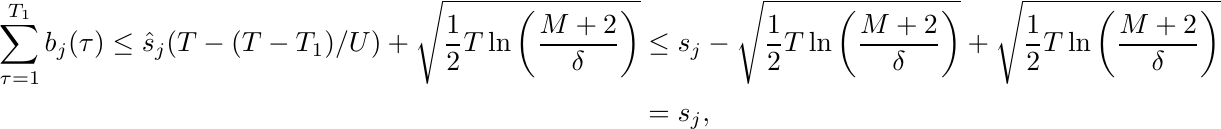
\begin{align*}
\sum_{\tau=1}^{T_1} b_j(\tau) \leq \hat{s}_j(T-(T-T_1)/U)+\sqrt{\frac{1}{2}T\ln\left(\frac{M+2}{\delta}\right)}&\leq s_j - \sqrt{\frac{1}{2}T\ln\left(\frac{M+2}{\delta}\right)} + \sqrt{\frac{1}{2}T\ln\left(\frac{M+2}{\delta}\right)} \\
&=s_j,
\end{align*}